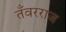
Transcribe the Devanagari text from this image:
तँवरराज